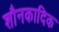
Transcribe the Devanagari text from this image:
शौनकादिक